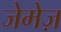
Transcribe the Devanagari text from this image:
जेमेज़